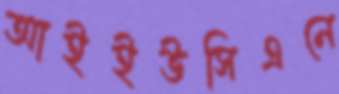
আইইউসিএনে